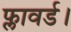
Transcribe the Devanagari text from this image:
फ्लावर्ड।